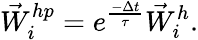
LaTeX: {\vec{W}}_{i}^{hp}=e^{\frac{-\Delta t}{\tau}}{\vec{W}}_{i}^{h}.